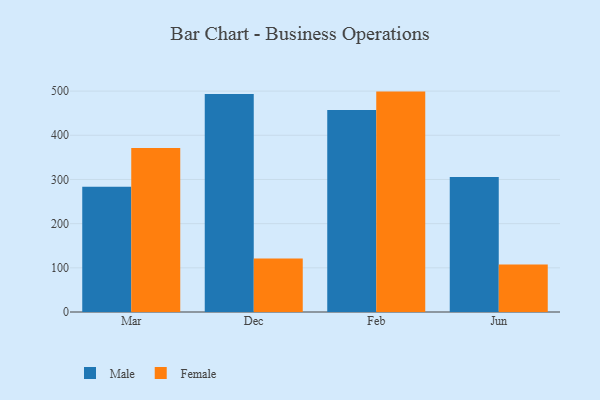
{"axis": {"x": "Month", "y": "Website Visitors"}, "legend": ["Female", "Male"], "data": [{"x": "Mar", "y": 283.3, "type": "Male"}, {"x": "Mar", "y": 371.4, "type": "Female"}, {"x": "Dec", "y": 493.4, "type": "Male"}, {"x": "Dec", "y": 121.1, "type": "Female"}, {"x": "Feb", "y": 457.5, "type": "Male"}, {"x": "Feb", "y": 498.9, "type": "Female"}, {"x": "Jun", "y": 305.8, "type": "Male"}, {"x": "Jun", "y": 107.8, "type": "Female"}]}